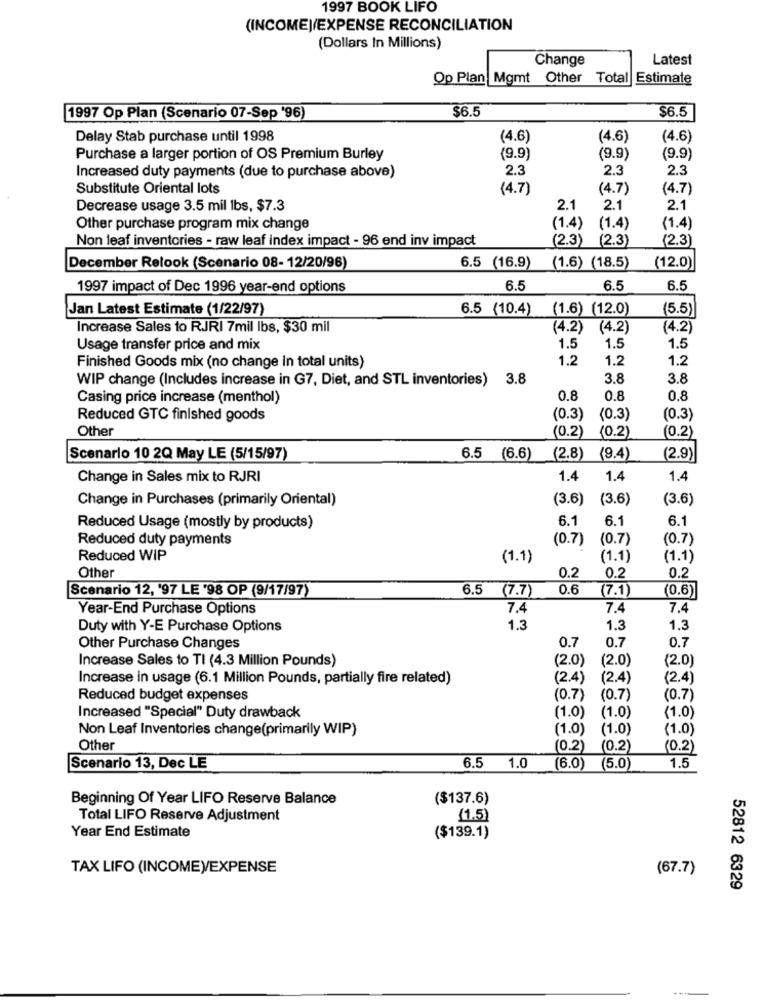
1997 BOOK LIFO
(INCOME)/EXPENSE RECONCILIATION
(Dollars In Millions)
Change
Latest
Op Plan Mgmt Other Total Estimate
$6.5
$6.5
1997 Op Plan (Scenario 07-Sep '96)
Delay Stab purchase until 1998
(4.6)
(4.6)
(4.6)
Purchase a larger portion of OS Premium Burley
(9.9)
(9.9)
(9.9)
2.3
2.3
2.3
Increased duty payments (due to purchase above)
Substitute Oriental lots
(4.7)
(4.7)
(4.7)
Decrease usage 3.5 mil lbs, $7.3
2.1
2.1
2.1
Other purchase program mix change
(1.4) (1.4)
(1.4)
Non leaf inventories - raw leaf index impact - 96 end inv impact
(2.3) (2.3)
(2.3)
December Relook (Scenario 08- 12/20/96)
6.5 (16.9)
(1.6) (18.5)
(12.0)
1997 impact of Dec 1996 year-end options
6.5
6.5
6.5
Jan Latest Estimate (1/22/97)
6.5 (10.4)
(1.6) (12.0)
(5.5)
Increase Sales to RJRI 7mil Ibs, $30 mil
(4.2) (4.2)
(4.2)
Usage transfer price and mix
1.5
1.5
1.5
1.2
1.2
1.2
Finished Goods mix (no change in total units)
WIP change (Includes increase in G7, Diet, and STL inventories) 3.8
3.8
3.8
Casing price increase (menthol)
0.8
0.8
0.8
Reduced GTC finished goods
(0.3)
(0.3)
(0.3)
Other
(0.2)
(0.2)
(0.2)
Scenario 10 2Q May LE (5/15/97)
6.5 (6.6) (2.8) (9.4)
(2.9)
Change in Sales mix to RJRI
1.4
1.4
1.4
Change in Purchases (primarily Oriental)
(3.6)
(3.6)
(3.6)
6.1
6.1
6.1
Reduced Usage (mostly by products)
Reduced duty payments
(0.7)
(0.7)
(0.7)
Reduced WIP
(1.1)
(1.1)
(1.1)
Other
0.2
0.2
0.2
Scenario 12, '97 LE '98 OP (9/17/97)
6.5 (7.7)
0.6
(7.1)
(0.6)
Year-End Purchase Options
7.4
7.4
7.4
Duty with Y-E Purchase Options
1.3
1.3
1.3
0.7
0.7
0.7
Other Purchase Changes
Increase Sales to TI (4.3 Million Pounds)
(2.0)
(2.0)
(2.0)
Increase in usage (6.1 Million Pounds, partially fire related)
(2.4)
(2.4)
(2.4)
Reduced budget expenses
(0.7)
(0.7)
(0.7)
Increased "Special" Duty drawback
(1.0)
(1.0)
(1.0)
Non Leaf Inventories change(primarily WIP)
(1.0)
(1.0)
(1.0)
Other
(0.2)
(0.2)
(0.2)
Scenario 13, Dec LE
6.5 1.0
(6.0)
(5.0)
1.5
Beginning Of Year LIFO Reserve Balance
($137.6)
Total LIFO Reserve Adjustment
(1.5)
Year End Estimate
($139.1)
TAX LIFO (INCOME)/EXPENSE
(67.7)
52812 6329